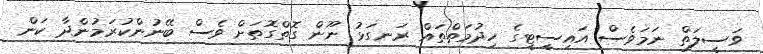
ވަސީލަތް ނަމަވެސް އައިސީޓީގެ ހިދުމަތްތައް ރަނގަޅު ނޫން ގޮތްގޮތަށް ވެސް ބޭނުންކުރަމުންދާ ކަން